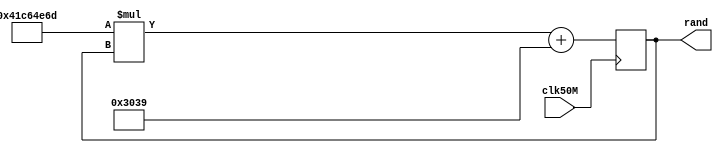
`timescale 1ns / 1ps
// lcg.v
//  Linear Congruential Generator PRNG
// Default parameters taken from glibc
module lcg #(parameter N=32, a=1103515245, c=12345) (
    input clk50M,
    output reg [N-1:0] rand
    );
    
    initial rand = 1; // I think this seed is good enough
    
    reg [N-1:0] next_rand;
    
    always @ (*)
        next_rand = a * rand + c;
    
    always @ (posedge clk50M)
        rand <= next_rand;
endmodule